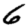
Digit: 6